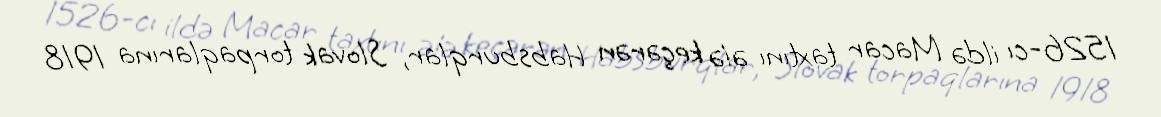
1526-cı ildə Macar taxtını ələ keçərən Habsburqlar, Slovak torpaqlarına 1918